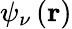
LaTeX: \psi_{\nu}\left(\mathbf{r}\right)